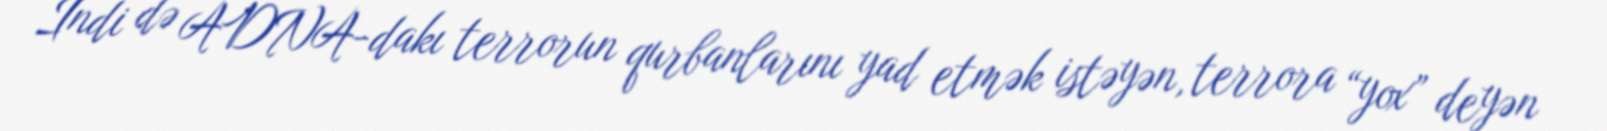
İndi də ADNA-dakı terrorun qurbanlarını yad etmək istəyən, terrora “yox” deyən